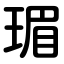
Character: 瑂